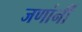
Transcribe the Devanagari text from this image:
जणांनीं